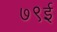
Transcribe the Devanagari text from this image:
७९ई